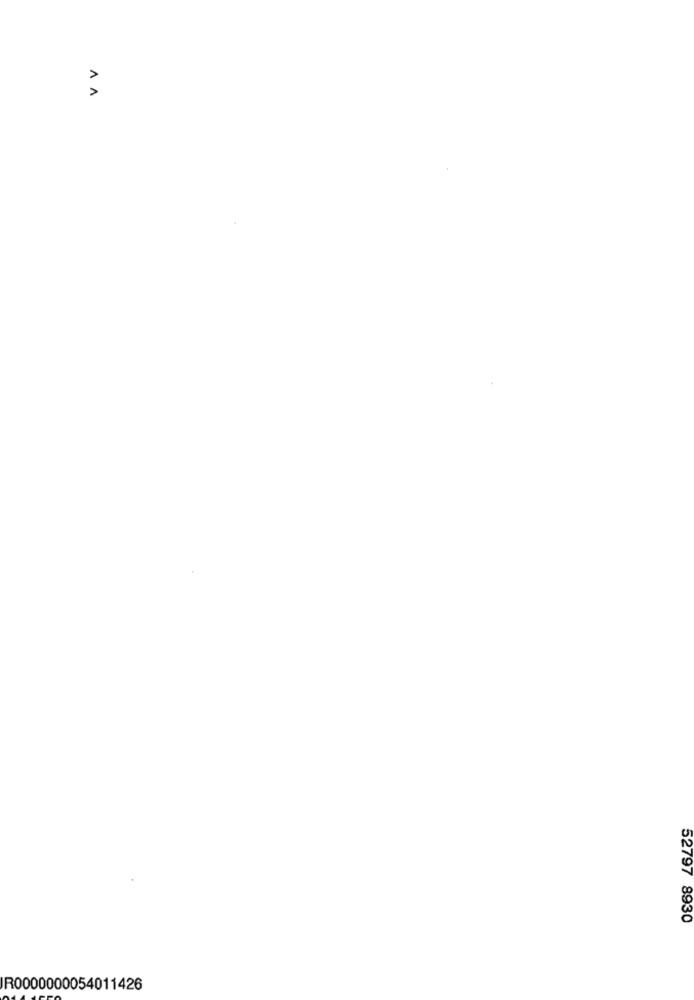
AA
52797 8930
R0000000054011426